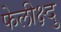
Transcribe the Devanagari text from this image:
फेलीक्ष्दु